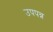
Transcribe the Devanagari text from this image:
उपपन्न